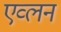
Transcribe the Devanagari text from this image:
एव्लन